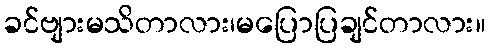
ခင်ဗျားမသိတာလား၊မပြောပြချင်တာလား။